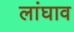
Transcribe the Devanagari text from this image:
लांघाव